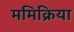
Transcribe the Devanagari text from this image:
ममिक्रिया